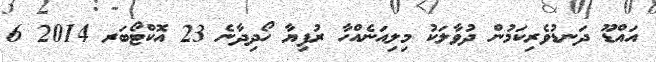
އައްޑޫ ދަނޑުވެރިކަމުން ދުވާލަކު މިލިއަނެއްހާ ރުފިޔާ ހޯދިދާނެ 23 އޮކްޓޯބަރ 2014 6